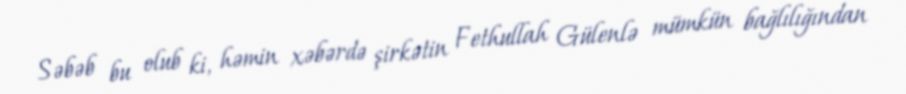
Səbəb bu olub ki, həmin xəbərdə şirkətin Fethullah Gülenlə mümkün bağlılığından